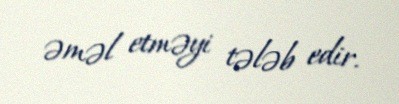
əməl etməyi tələb edir.